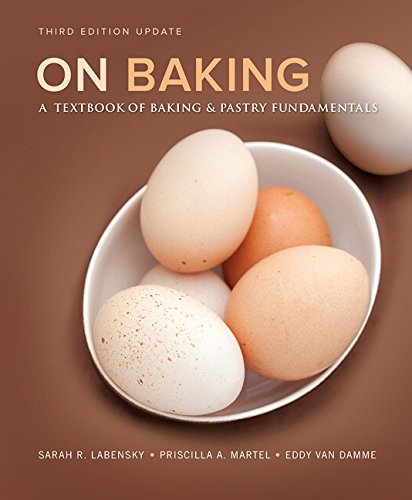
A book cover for On Baking (Update): A Textbook of Baking and Pastry Fundamentals (3rd Edition); Sarah R. Labensky; Cookbooks, Food & Wine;